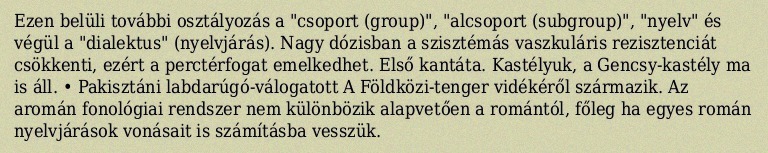
Ezen belüli további osztályozás a "csoport (group)", "alcsoport (subgroup)", "nyelv" és végül a "dialektus" (nyelvjárás). Nagy dózisban a szisztémás vaszkuláris rezisztenciát csökkenti, ezért a perctérfogat emelkedhet. Első kantáta. Kastélyuk, a Gencsy-kastély ma is áll. • Pakisztáni labdarúgó-válogatott A Földközi-tenger vidékéről származik. Az aromán fonológiai rendszer nem különbözik alapvetően a romántól, főleg ha egyes román nyelvjárások vonásait is számításba vesszük.